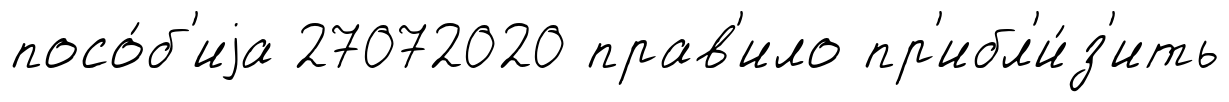
посо́б'иjа 27072020 прав'ило пр'ибл'и́з'ить